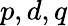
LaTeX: p,d,q